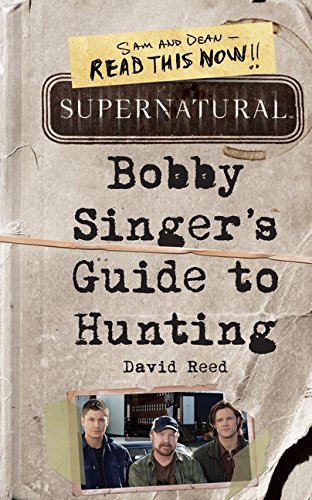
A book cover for Supernatural: Bobby Singer's Guide to Hunting; David Reed; Literature & Fiction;